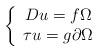
LaTeX: \begin{align*}\left\{ \begin{array}{c}Du=f\Omega \\ \tau u=g\partial \Omega\end{array}\right. \end{align*}